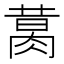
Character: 𦝙